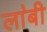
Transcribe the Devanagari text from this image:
ला॓बी